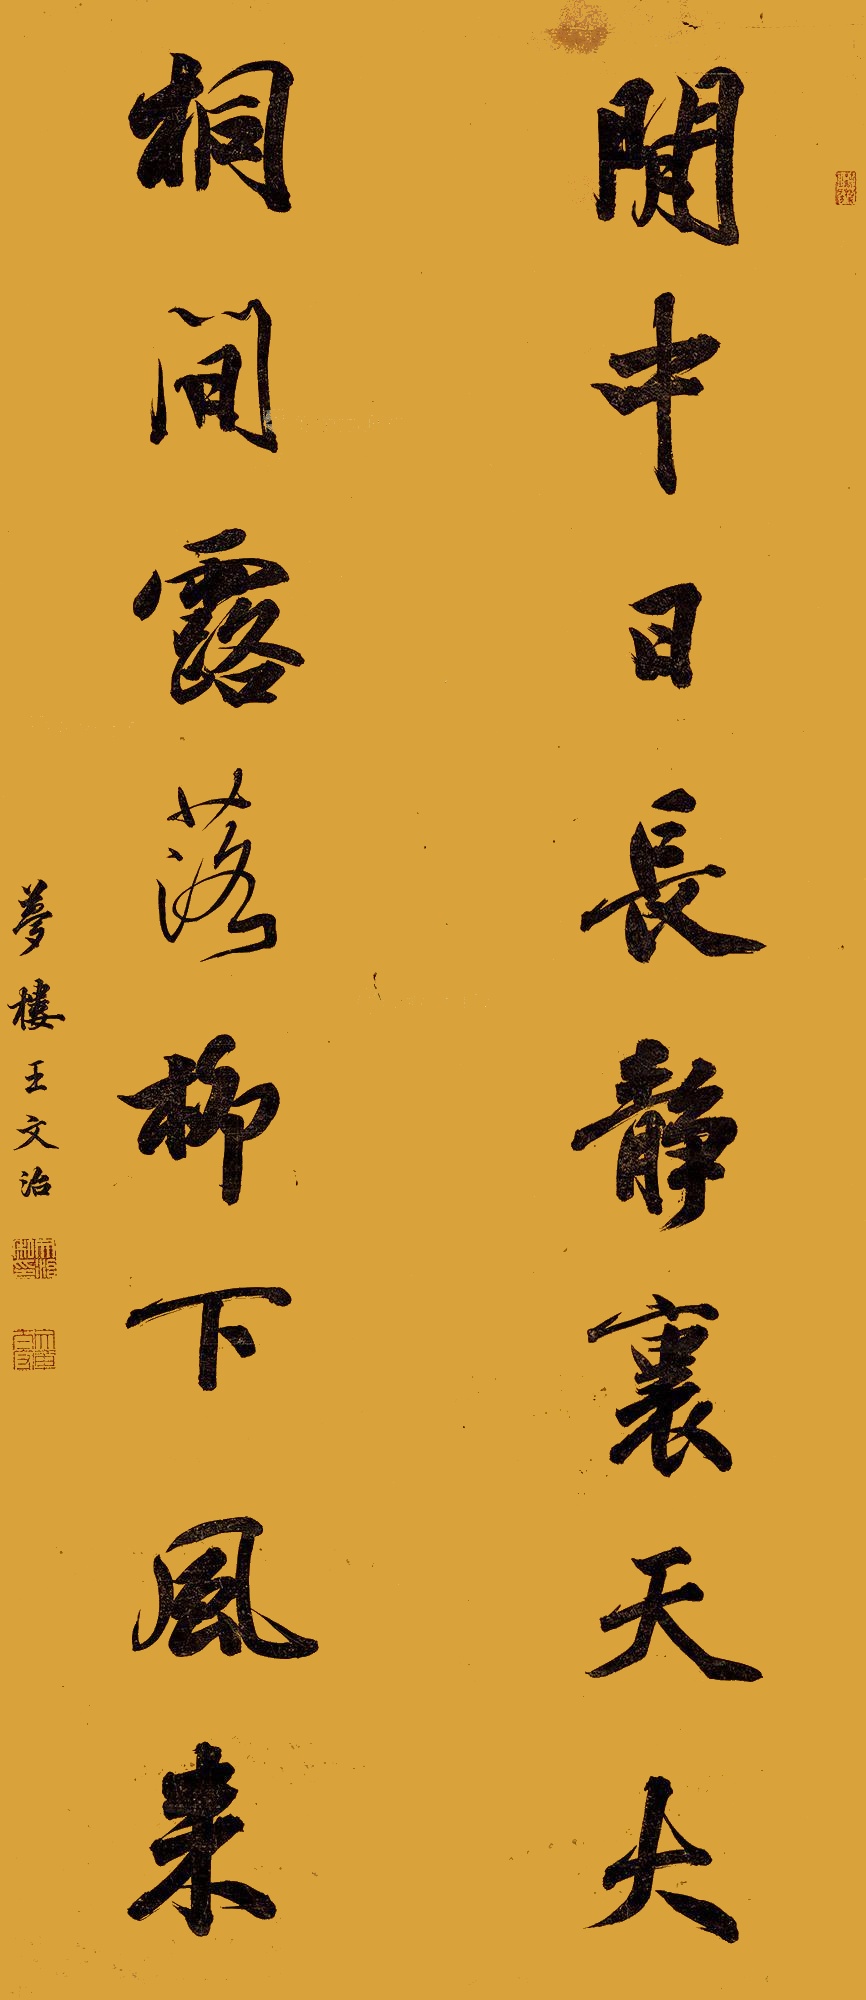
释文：闲中日长静里天大，桐间露落柳下风来。梦楼王文治。